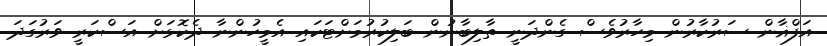
އަފްޣާން ސަރުކާރުން މިހާރުވެސް ގެންދަނީ ތާލިބާނުން ބަލިކުރުމަށްޓަކައި އެމީހުންނާ ދެކޮޅަށް އަސްކަރީ ވަރުގަދަ